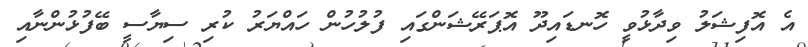
އެ އޮފިޝަލު ވިދާޅުވީ ހޮނޑައިދޫ އޮޕަރޭޝަންގައި ފުލުހުން ހައްޔަރު ކުރި ސިޔާސީ ބޭފުޅުންނާއި